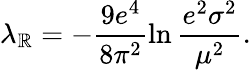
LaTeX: \lambda_{\mathbb{R}}=-\frac{{9e^{4}}}{{8\pi^{2}}}\ln\frac{{e^{2}\sigma^{2}}}{{\mu^{2}}}.